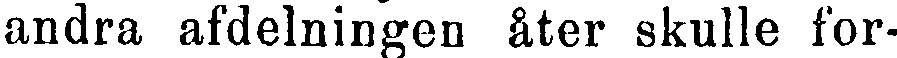
andra afdelningen åter skulle for-